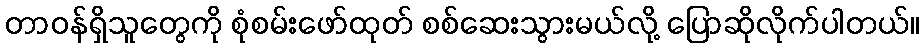
တာဝန်ရှိသူတွေကို စုံစမ်းဖော်ထုတ် စစ်ဆေးသွားမယ်လို့ ပြောဆိုလိုက်ပါတယ်။